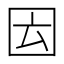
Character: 𡇁